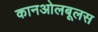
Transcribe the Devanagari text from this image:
कानओलबूलस